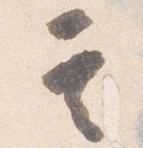
其